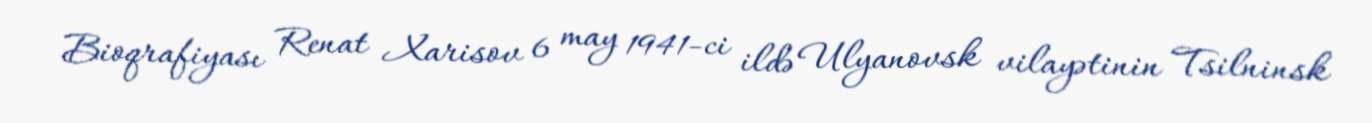
Bioqrafiyası Renat Xarisov 6 may 1941-ci ildə Ulyanovsk vilayətinin Tsilninsk